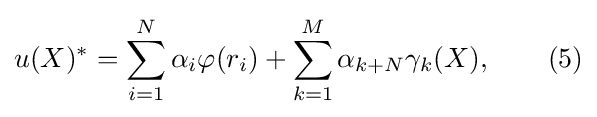
u(X)^{*}=\sum _{i=1}^{N}\alpha _{i}\varphi (r_{i})+\sum _{k=1}^{M}\alpha _{k+N}\gamma _{k}(X),\qquad (5)